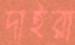
দাইরা